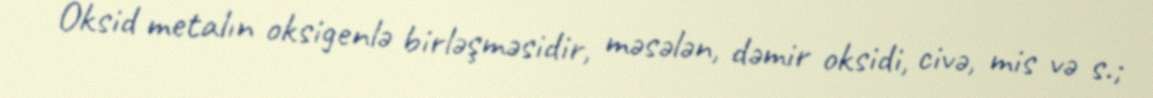
Oksid metalın oksigenlə birləşməsidir, məsələn, dəmir oksidi, civə, mis və s.;